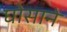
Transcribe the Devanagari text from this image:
घोसाने